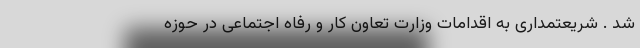
شد . شریعتمداری به اقدامات وزارت تعاون کار و رفاه اجتماعی در حوزه